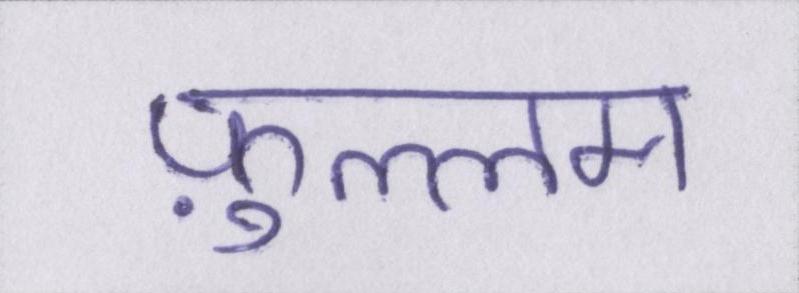
फ़ुल्लम